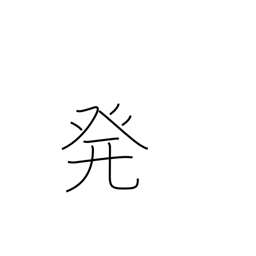
Meaning: start from